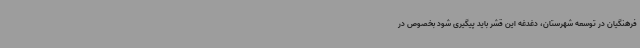
فرهنگیان در توسعه شهرستان، دغدغه این قشر باید پیگیری شود بخصوص در